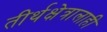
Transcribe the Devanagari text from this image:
तीर्थक्षेत्रालाही